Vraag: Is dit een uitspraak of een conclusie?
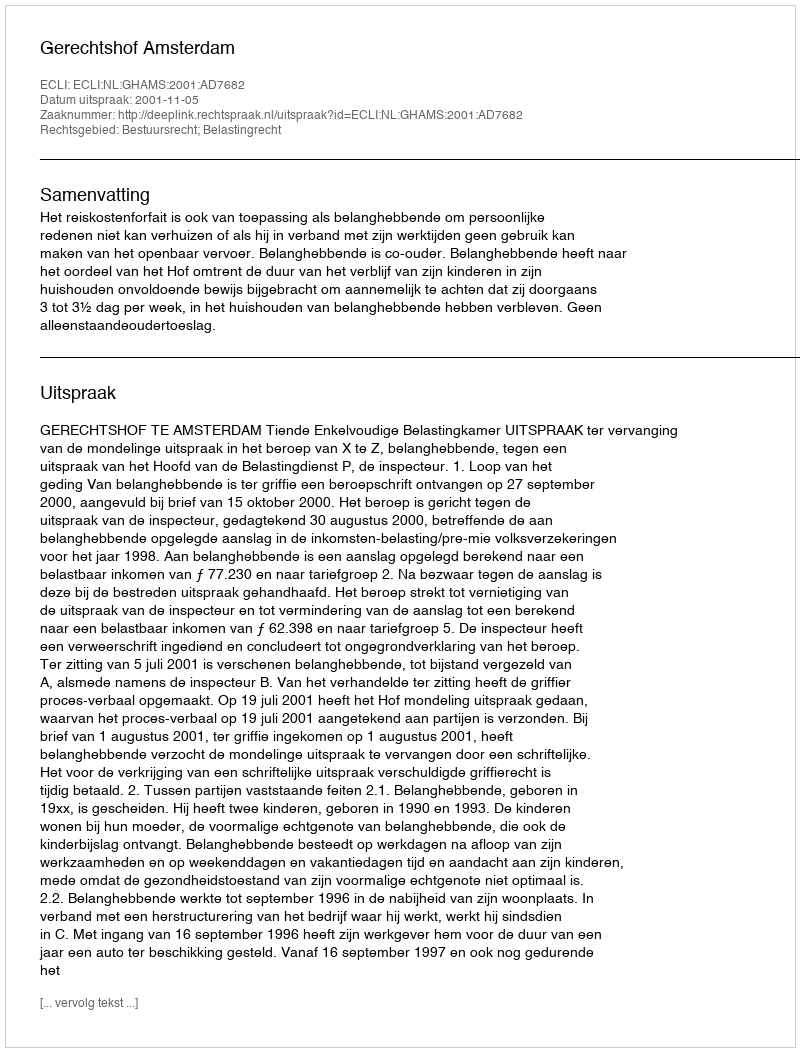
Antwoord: Uitspraak